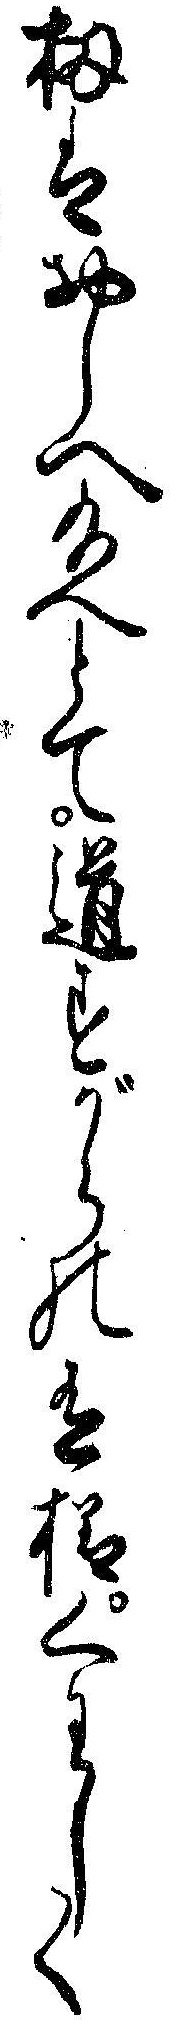
扨はおしへ給へとて道すがらの有様くわしく